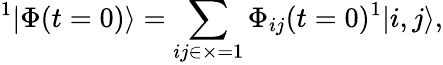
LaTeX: {^1|\Phi(t=0)\rangle}=\sum_{ij\in\times=1}\Phi_{ij}(t=0){^1|i,j\rangle},